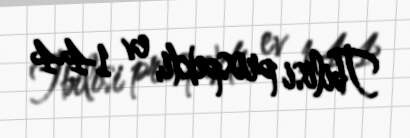
Tbilisi prospekti, ev 144